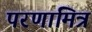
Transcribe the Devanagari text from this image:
परणामित्र